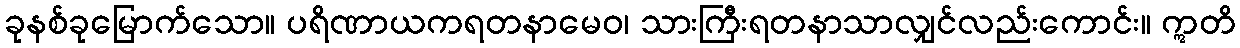
ခုနစ်ခုမြောက်သော။ ပရိဏာယကရတနာမေဝ၊ သားကြီးရတနာသာလျှင်လည်းကောင်း။ ဣတိ